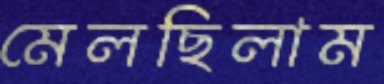
মেলছিলাম